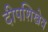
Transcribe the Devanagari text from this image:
दीपशिखेव